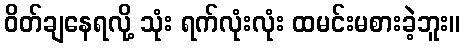
ဝိတ်ချနေရလို့ သုံး ရက်လုံးလုံး ထမင်းမစားခဲ့ဘူး။